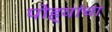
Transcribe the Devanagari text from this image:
पोह्यांचा